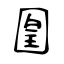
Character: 𡈁